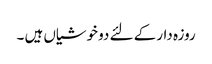
روزہ دار کے لئے دو خوشیاں ہیں ۔